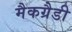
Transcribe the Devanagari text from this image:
मैकग्रैडी